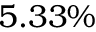
5 . 3 3 \%